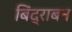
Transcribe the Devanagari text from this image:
बिंद्राबन